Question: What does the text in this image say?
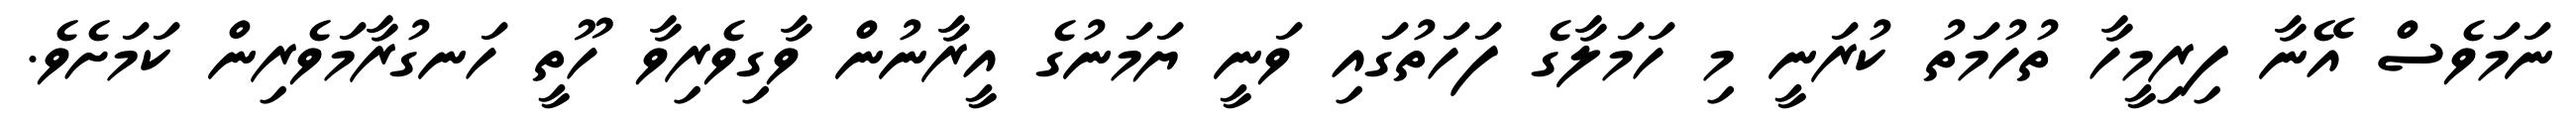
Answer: ނަމަވެސް އޭނާ ފިރިމީހާ ތުހުމަތު ކުރަނީ މި ހަމަލާގެ ފަހަތުގައި ވަނީ ޔަމަނުގެ އީރާނުން ވާގިވެރިވާ ހޫތީ ހަނގުރާމަވެރިން ކަމަށެވެ.